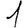
Digit: 1